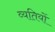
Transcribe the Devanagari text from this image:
व्यतियों